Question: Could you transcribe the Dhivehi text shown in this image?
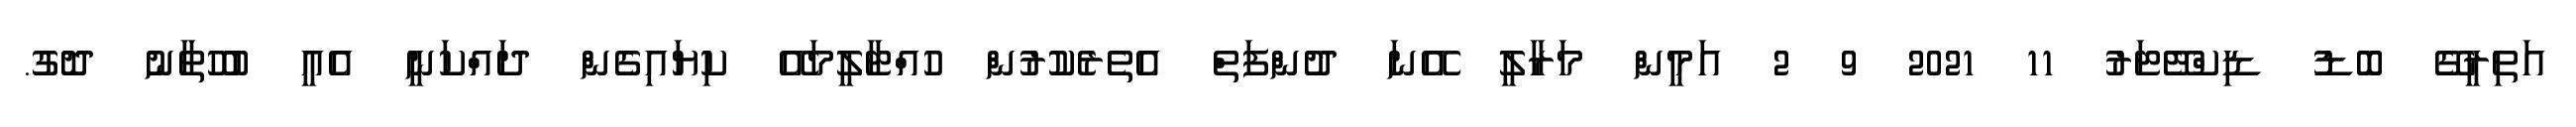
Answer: އަތިރީގޭ ބޮޑު ޑިކްޓޭޓަރު 11 2021 9 2 އަމީން މަރާލީ އޭނަ ދުންފަތް އެތެރެކުރުން ހުއްޓާލީމައޭ ކިޔައިގެން ދައްކަނީ އެއީ ބުހުތާނު ދޮގު.